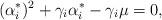
LaTeX: \begin{align*} (\alpha_i^*)^2 + \gamma_i \alpha_i^* -\gamma_i\mu =0,\end{align*}